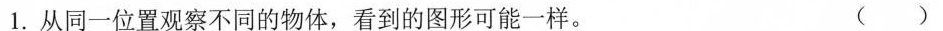
1.从同一位置观察不同的物体，看到的图形可能一样。 （）